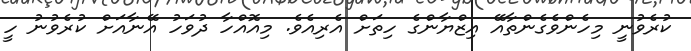
ކުރެވުނީ މިހެންވެގެންތާއޭ އިޒްޔާންގެ ހިތަށް އެރިއެވެ. މިއޮއްހާ ދުވަހު އޭނާއަށް ކުރެވުނު ހީ